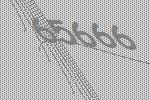
65666